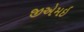
જીએમઇ